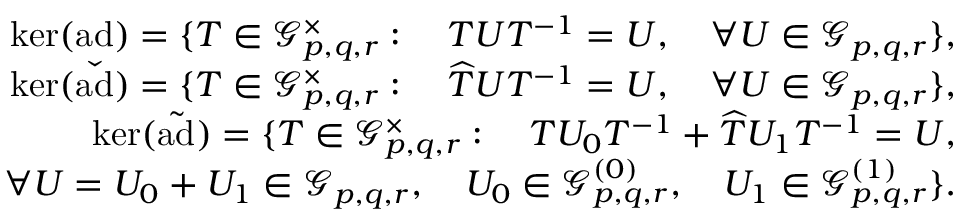
\begin{array} { r l r } & { } & { \mathrm { k e r } { ( \mathrm { a d } ) } = \{ T \in \mathcal { G } _ { p , q , r } ^ { \times } : \quad T U T ^ { - 1 } = U , \quad \forall U \in \mathcal { G } _ { p , q , r } \} , } \\ & { } & { \mathrm { k e r } ( \check { \mathrm { a d } } ) = \{ T \in \mathcal { G } _ { p , q , r } ^ { \times } : \quad \widehat { T } U T ^ { - 1 } = U , \quad \forall U \in \mathcal { G } _ { p , q , r } \} , } \\ & { } & { \mathrm { k e r } ( \tilde { \mathrm { a d } } ) = \{ T \in \mathcal { G } _ { p , q , r } ^ { \times } : \quad T U _ { 0 } T ^ { - 1 } + \widehat { T } U _ { 1 } T ^ { - 1 } = U , } \\ & { } & { \quad \quad \quad \quad \quad \quad \forall U = U _ { 0 } + U _ { 1 } \in \mathcal { G } _ { p , q , r } , \quad U _ { 0 } \in \mathcal { G } _ { p , q , r } ^ { ( 0 ) } , \quad U _ { 1 } \in \mathcal { G } _ { p , q , r } ^ { ( 1 ) } \} . } \end{array}